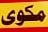
مكوی